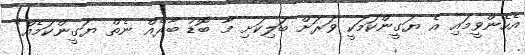
އެހެންވީމައި އެ ޔަގީންކަމަކީ ވަރަށް ބަލިކަށި މާ ބޮޑު ބާރެއް ނެތް ޔަގީންކަމެއް"